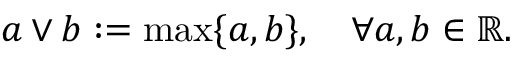
a \vee b : = \operatorname* { m a x } \{ a , b \} , \quad \forall a , b \in \mathbb { R } .